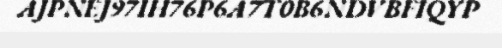
AJPNEJ97IH76P6A7T0B6NDVBFIQYP